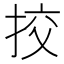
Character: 挍